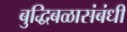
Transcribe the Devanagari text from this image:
बुद्धिबळासंबंधी